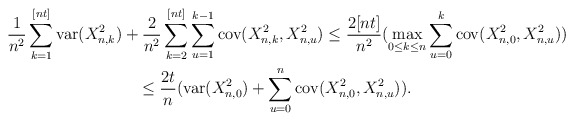
\begin{gather*}\frac{1}{n^{2}}\sum_{k=1}^{[nt]}\mathrm{var}(X_{n,k}^{2})+\frac{2}{n^{2}}\sum_{k=2}^{[nt]}\sum_{u=1}^{k-1}\mathrm{cov}(X_{n,k}^{2},X_{n,u}^{2})\leq\frac{2[nt]}{n^{2}}(\max_{0\leq k\leq n}\sum_{u=0}^{k}\mathrm{cov}(X_{n,0}^{2},X_{n,u}^{2}))\\\leq\frac{2t}{n}(\mathrm{var}(X_{n,0}^{2})+\sum_{u=0}^{n}\mathrm{cov}(X_{n,0}^{2},X_{n,u}^{2})).\end{gather*}